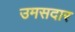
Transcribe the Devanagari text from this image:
उमसदार